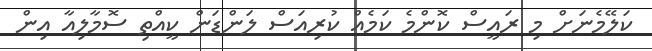
ކަލޭމެނަށް މި ރައީސް ކޮންމެ ކަމެއް ކުރިއަސް ލަންޑަން ކީއްތި ސޮމާލިއާ އިން